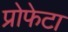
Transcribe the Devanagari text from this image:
प्रोफेटा